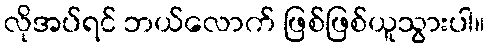
လိုအပ်ရင် ဘယ်လောက် ဖြစ်ဖြစ်ယူသွားပါ။